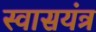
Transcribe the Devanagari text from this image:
स्वासयंत्र